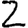
Digit: 2